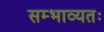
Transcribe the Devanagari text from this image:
सम्भाव्यतः